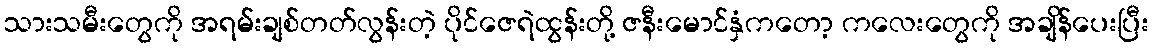
သားသမီးတွေကို အရမ်းချစ်တတ်လွန်းတဲ့ ပိုင်ဇေရဲထွန်းတို့ ဇနီးမောင်နှံကတော့ ကလေးတွေကို အချိန်ပေးပြီး